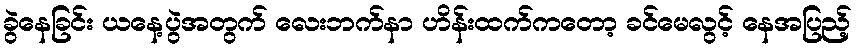
ခွဲနေခြင်း ယနေ့ပွဲအတွက် လေးဘက်နာ ဟိန်းထက်ကတော့ ခင်မေလွင့် နေအပြည့်